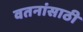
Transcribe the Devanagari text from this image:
वतनांसाठी